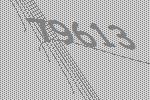
79613